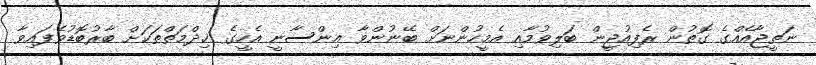
ނަތީޖާއެއްގެ ގޮތުން ރެފިއުޖީން ބަލިވުމާއި އެމީހުންނަށް ބޭނުންވާ އިންސާނީ އެހީގެ ޚިދްމަތްތަކަށް ބާރުބޮޑުވެފައިވާ